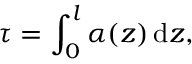
\tau = \int _ { 0 } ^ { l } \alpha ( z ) \, \mathrm { d } z ,